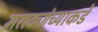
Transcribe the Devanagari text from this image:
मराठ्यांच्याकडे